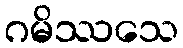
ဂမိဿသေ